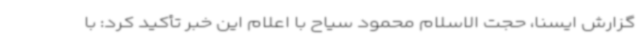
گزارش ایسنا، حجت الاسلام محمود سیاح با اعلام این خبر تأکید کرد: با